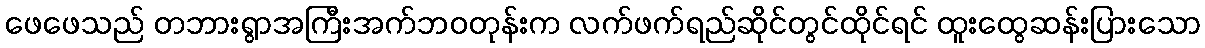
ဖေဖေသည် တဘားရွာအကြီးအက်ဘဝတုန်းက လက်ဖက်ရည်ဆိုင်တွင်ထိုင်ရင် ထူးထွေဆန်းပြားသော